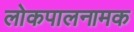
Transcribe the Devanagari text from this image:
लोकपालनामक